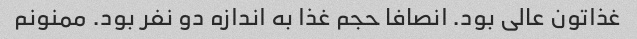
غذاتون عالی بود. انصافا حجم غذا به اندازه دو نفر بود. ممنونم